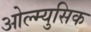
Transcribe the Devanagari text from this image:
ओल्म्युसिक